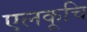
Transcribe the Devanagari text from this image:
एलकूचि